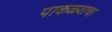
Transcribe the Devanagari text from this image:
पाकळ्याचा